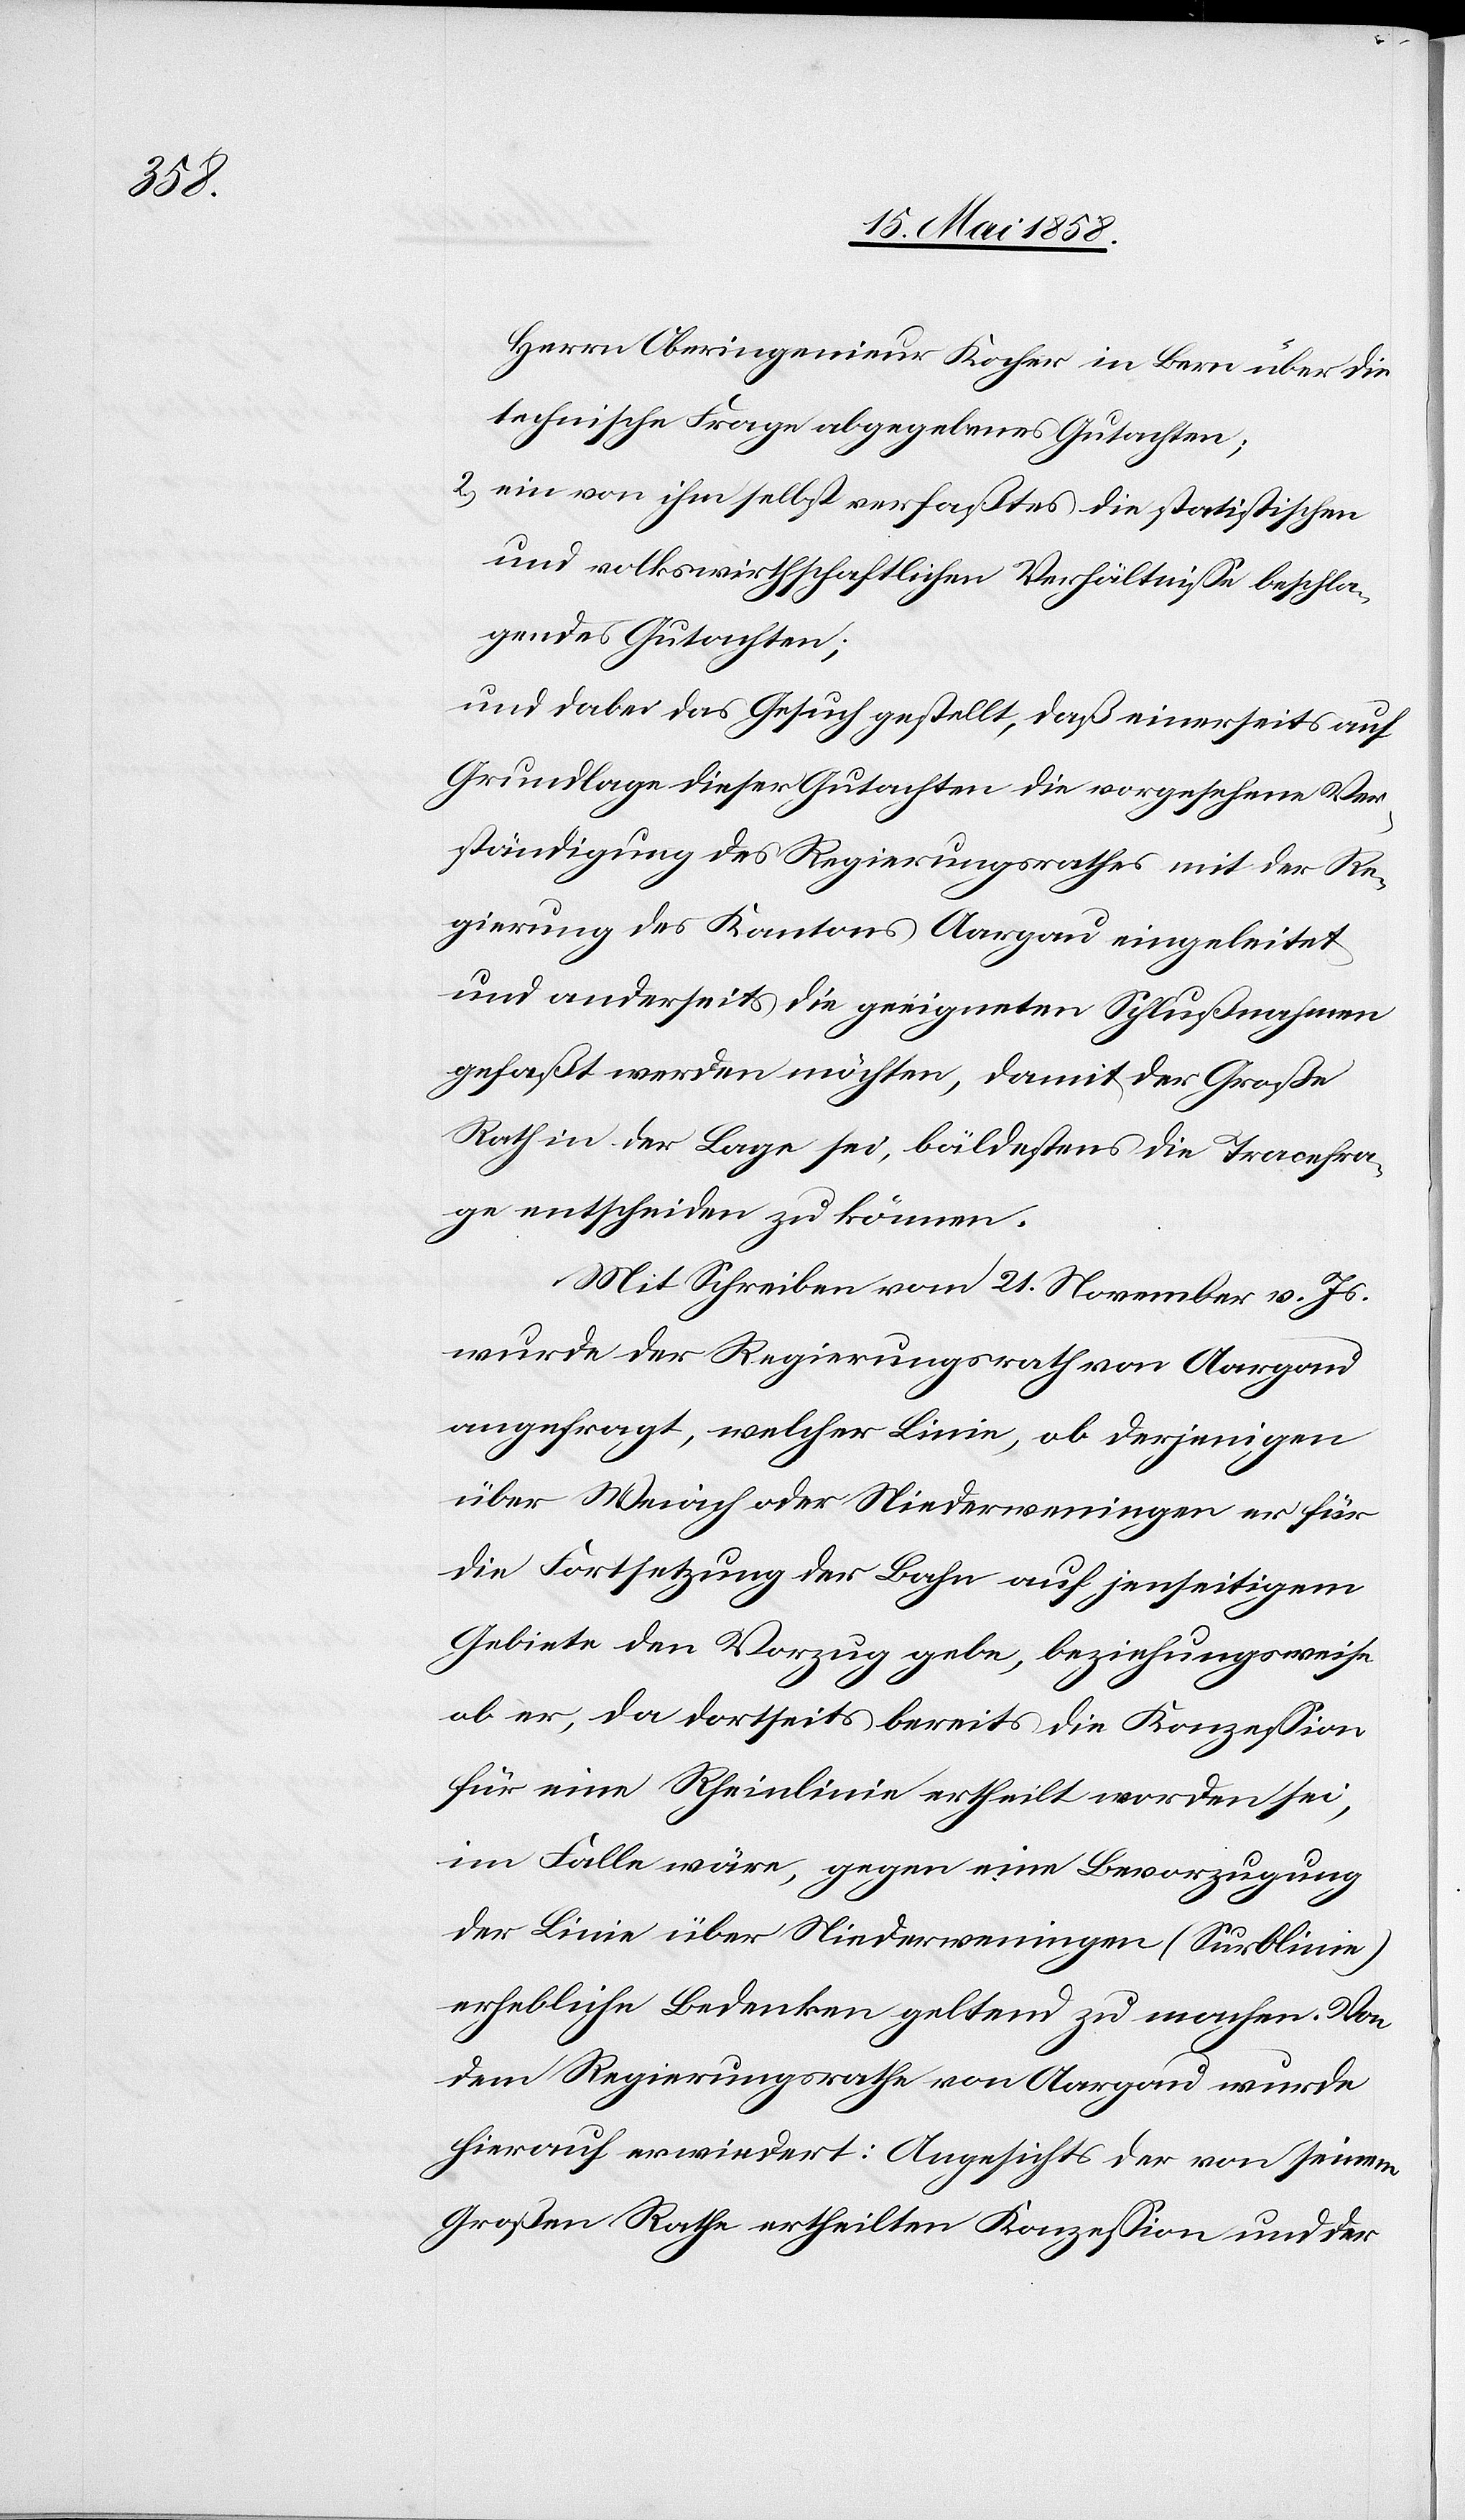
Herrn Oberingenieur Kocher in Bern über die
technische Frage abgegebenes Gutachten;
2) ein von ihm selbst verfaßtes die statischen
und volkswirthschaftlichen Verhältnisse beschla¬
gendes Gutachten;
und dabei das Gesuch gestellt, daß einerseits auf
Grundlage dieser Gutachten die vorgesehene Ver¬
ständigung des Regierungsrathes mit der Re¬
gierung des Kantons Aargau eingeleitet
und anderseits die geeigneten Schlußnahmen
gefaßt werden möchten, damit der Große
Rath in der Lage sei, bäldestens die Tracefra¬
ge entscheiden zu können.
Mit Schreiben vom 21. November v. Js.
wurde der Regierungsrath von Aargau
angefragt, welcher Linie, ob derjenigen
über Weiach oder Niederweningen der für
die Fortsetzung der Bahn auf jenseitigem
Gebiete den Vorzug gebe, beziehungsweise
ob er, da dortseits bereits die Konzession
für eine Rheinlinie ertheilt worden sei,
im Falle wäre, gegen eine Bevorzugung
der Linie über Niederweningen (Surblinie)
erhebliche Bedenken geltend zu machen. Von
dem Regierungsrathe von Aargau wurde
hierauf erwiedert: Angesichts der von seinem
Großen Rathe ertheilten Konzession und der